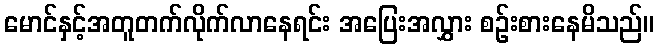
မောင်နှင့်အတူတက်လိုက်လာနေရင်း အပြေးအလွှား စဉ်းစားနေမိသည်။